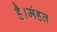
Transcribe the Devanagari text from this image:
है।मंहत